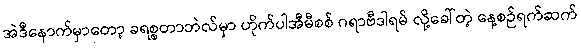
အဲဒီနောက်မှာတော့ ခရစ္စတာဘဲလ်မှာ ဟိုက်ပါအီမီစစ် ဂရာဗီဒါရမ် လို့ခေါ်တဲ့ နေ့စဉ်ရက်ဆက်